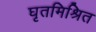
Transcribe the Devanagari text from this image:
घृतमिश्रित